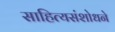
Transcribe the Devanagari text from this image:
साहित्यसंशोधने